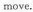
move。